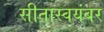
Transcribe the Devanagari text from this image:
सीतास्वयंबर